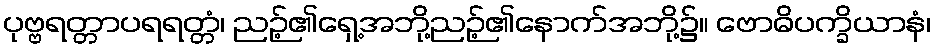
ပုဗ္ဗရတ္တာပရရတ္တံ၊ ညဉ့်၏ရှေ့အဘို့ညဉ့်၏နောက်အဘို့၌။ ဗောဓိပက္ခိယာနံ၊